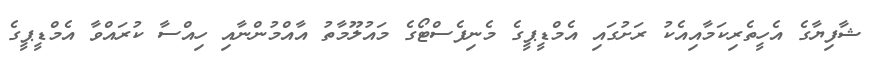
ޝާފިޔާގެ އެހީތެރިކަމާއިއެކު ރަށުގައި އެމްޑީޕީގެ މެނިފެސްޓޯގެ މައުލޫމާތު އާއްމުންނާއި ހިއްސާ ކުރައްވާ އެމްޑީޕީގެ